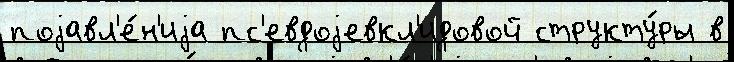
поjавл'е́н'иjа пс'евдоjевкл'идовой структу́ры в